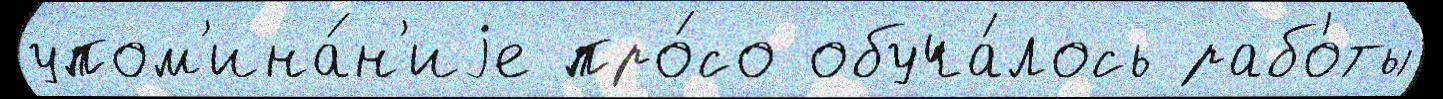
упом'ина́н'иjе про́со обуча́лось рабо́ты